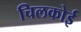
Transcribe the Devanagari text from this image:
चिलकोई